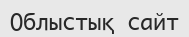
Облыстық сайт